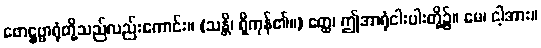
ဖောဋ္ဌဗ္ဗာရုံတို့သည်လည်းကောင်း။ (သန္တိ၊ ရှိကုန်၏။) ဧတ္ထ၊ ဤအာရုံငါးပါးတို့၌။ မေ၊ ငါ့အား။